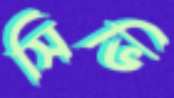
সিভি